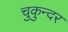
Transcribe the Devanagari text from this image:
चुकुन्दर